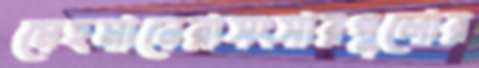
মেহমানেরাসংসারগুলোর